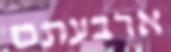
ארבעתם